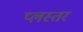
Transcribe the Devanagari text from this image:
प्लस्तर